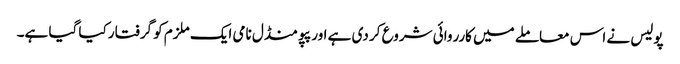
پولیس نے اس معاملے میں کارروائی شروع کر دی ہے اور پپو منڈل نامی ایک ملزم کو گرفتار کیا گیا ہے۔